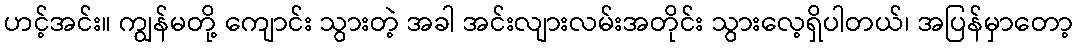
ဟင့်အင်း။ ကျွန်မတို့ ကျောင်း သွားတဲ့ အခါ အင်းလျားလမ်းအတိုင်း သွားလေ့ရှိပါတယ်၊ အပြန်မှာတော့